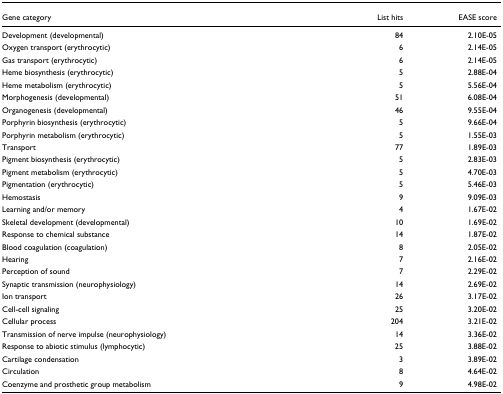
<table><thead><tr><td><b>Gene category</b></td><td><b>List hits</b></td><td><b>EASE score</b></td></tr></thead><tbody><tr><td>Development (developmental)</td><td>84</td><td>2.10E-05</td></tr><tr><td>Oxygen transport (erythrocytic)</td><td>6</td><td>2.14E-05</td></tr><tr><td>Gas transport (erythrocytic)</td><td>6</td><td>2.14E-05</td></tr><tr><td>Heme biosynthesis (erythrocytic)</td><td>5</td><td>2.88E-04</td></tr><tr><td>Heme metabolism (erythrocytic)</td><td>5</td><td>5.56E-04</td></tr><tr><td>Morphogenesis (developmental)</td><td>51</td><td>6.08E-04</td></tr><tr><td>Organogenesis (developmental)</td><td>46</td><td>9.55E-04</td></tr><tr><td>Porphyrin biosynthesis (erythrocytic)</td><td>5</td><td>9.66E-04</td></tr><tr><td>Porphyrin metabolism (erythrocytic)</td><td>5</td><td>1.55E-03</td></tr><tr><td>Transport</td><td>77</td><td>1.89E-03</td></tr><tr><td>Pigment biosynthesis (erythrocytic)</td><td>5</td><td>2.83E-03</td></tr><tr><td>Pigment metabolism (erythrocytic)</td><td>5</td><td>4.70E-03</td></tr><tr><td>Pigmentation (erythrocytic)</td><td>5</td><td>5.46E-03</td></tr><tr><td>Hemostasis</td><td>9</td><td>9.09E-03</td></tr><tr><td>Learning and/or memory</td><td>4</td><td>1.67E-02</td></tr><tr><td>Skeletal development (developmental)</td><td>10</td><td>1.69E-02</td></tr><tr><td>Response to chemical substance</td><td>14</td><td>1.87E-02</td></tr><tr><td>Blood coagulation (coagulation)</td><td>8</td><td>2.05E-02</td></tr><tr><td>Hearing</td><td>7</td><td>2.16E-02</td></tr><tr><td>Perception of sound</td><td>7</td><td>2.29E-02</td></tr><tr><td>Synaptic transmission (neurophysiology)</td><td>14</td><td>2.69E-02</td></tr><tr><td>Ion transport</td><td>26</td><td>3.17E-02</td></tr><tr><td>Cell-cell signaling</td><td>25</td><td>3.20E-02</td></tr><tr><td>Cellular process</td><td>204</td><td>3.21E-02</td></tr><tr><td>Transmission of nerve impulse (neurophysiology)</td><td>14</td><td>3.36E-02</td></tr><tr><td>Response to abiotic stimulus (lymphocytic)</td><td>25</td><td>3.88E-02</td></tr><tr><td>Cartilage condensation</td><td>3</td><td>3.89E-02</td></tr><tr><td>Circulation</td><td>8</td><td>4.64E-02</td></tr><tr><td>Coenzyme and prosthetic group metabolism</td><td>9</td><td>4.98E-02</td></tr></tbody></table>